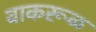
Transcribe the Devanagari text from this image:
वाकरूळ